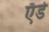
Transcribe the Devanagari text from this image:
एँडे